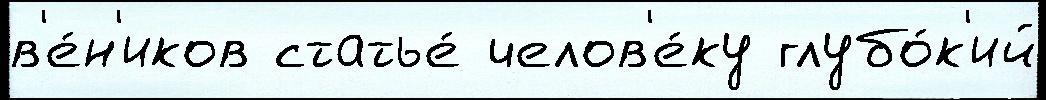
в'е́н'иков статье́ челов'е́ку глубо́к'ий